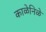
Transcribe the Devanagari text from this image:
काळेनिळे